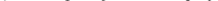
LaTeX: \smash{t^{*}\approx 0.15\mathrm{~--~}0.6}